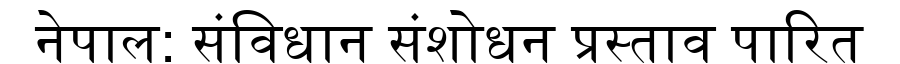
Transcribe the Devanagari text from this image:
नेपाल: संविधान संशोधन प्रस्ताव पारित